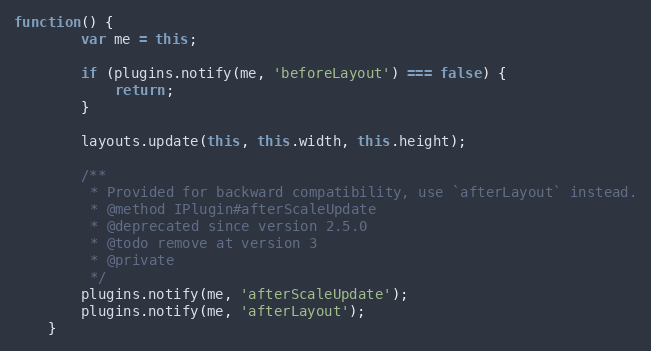
Language: JavaScript
function() {
		var me = this;

		if (plugins.notify(me, 'beforeLayout') === false) {
			return;
		}

		layouts.update(this, this.width, this.height);

		/**
		 * Provided for backward compatibility, use `afterLayout` instead.
		 * @method IPlugin#afterScaleUpdate
		 * @deprecated since version 2.5.0
		 * @todo remove at version 3
		 * @private
		 */
		plugins.notify(me, 'afterScaleUpdate');
		plugins.notify(me, 'afterLayout');
	}